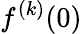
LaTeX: f^{(k)}(0)